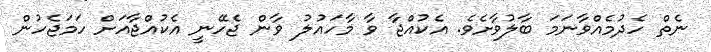
ނެތް ހެދުމެއްވާނަމަ ބާލުވާށެވެ. އެކުއްޖާ ވާ މާހައުލު ވާން ޖެހޭނީ އެކުއްޖާއަށް ހަމަޖެހުން